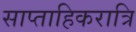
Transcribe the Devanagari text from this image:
साप्ताहिकरात्रि